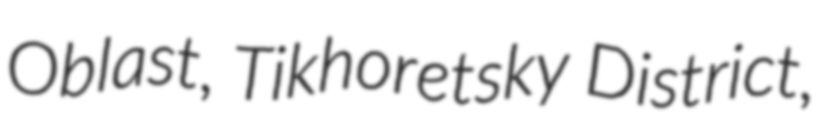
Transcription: Oblast, Tikhoretsky District,